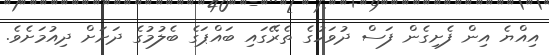
އިއްޔެ އިން ފެށިގެން ފަސް ދުވަހުގެ ތެރޭގައި ބައްޕަގެ ބެލުމުގެ ދަށަށް ދިއުމަށެވެ.